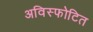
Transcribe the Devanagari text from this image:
अविस्फोटित